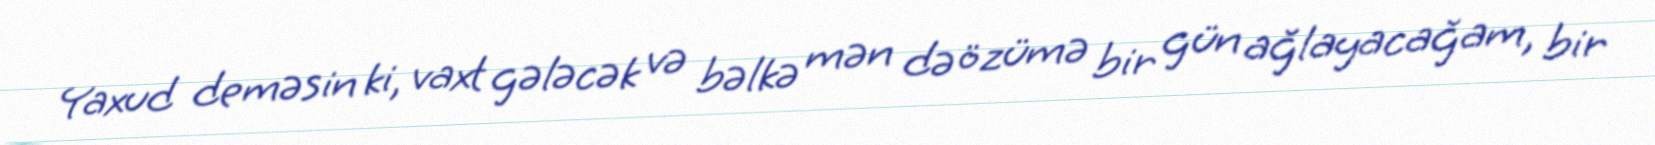
Yaxud deməsin ki, vaxt gələcək və bəlkə mən də özümə bir gün ağlayacağam, bir